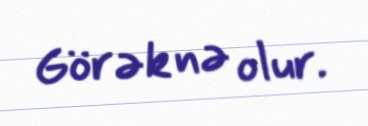
Görək nə olur.